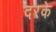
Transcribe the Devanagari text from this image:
दरके